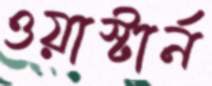
ওয়াস্টার্ন